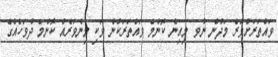
ވައްތަރަށްވުރެ މަދުން ނުވ މިއިން ކޮންމެ ވައްތަރަކުން ވަކި މިންވަރެއް ކޮންމެ ދުވަހެއްގެ